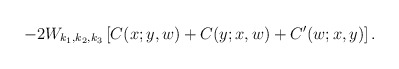
\begin{align*} -2 W_{k_1,k_2,k_3} \left[ C(x;y,w)+C(y;x,w)+C'(w;x,y)\right].\end{align*}